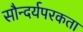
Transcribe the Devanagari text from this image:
सौन्दर्यपरकता